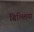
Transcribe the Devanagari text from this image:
बिल्‍लियां